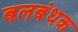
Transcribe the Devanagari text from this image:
बलबंधक